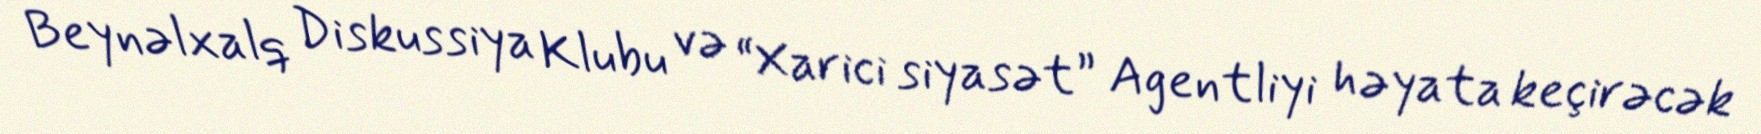
Beynəlxalq Diskussiya Klubu və “Xarici siyasət” Agentliyi həyata keçirəcək